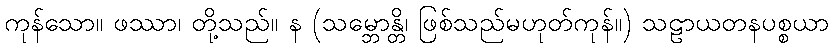
ကုန်သော။ ဖဿာ၊ တို့သည်။ န (သမ္ဘောန္တိ၊ ဖြစ်သည်မဟုတ်ကုန်။) သဠာယတနပစ္စယာ